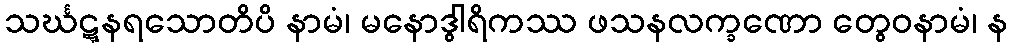
သင်္ဃဋ္ဋနရသောတိပိ နာမံ၊ မနောဒွါရိကဿ ဖသနလက္ခဏော တွေဝနာမံ၊ န